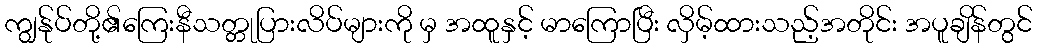
ကျွန်ုပ်တို့၏ကြေးနီသတ္တုပြားလိပ်များကို မှ အထူနှင့် မာကြောပြီး လှိမ့်ထားသည့်အတိုင်း အပူချိန်တွင်